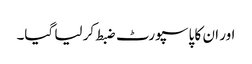
اور ان کا پاسپورٹ ضبط کر لیا گیا۔